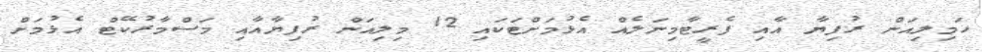
ހަމިލިއަން ރުފިޔާ އާއި ފެރީޓާމިނަލެއް އެޅުމަށްޓަކައި 12 މިލިއަން ރުފިޔާއާއި މަސްމާރުކޭޓް އެޅުމަށް